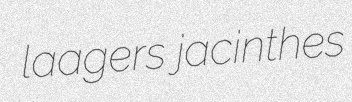
laagers jacinthes